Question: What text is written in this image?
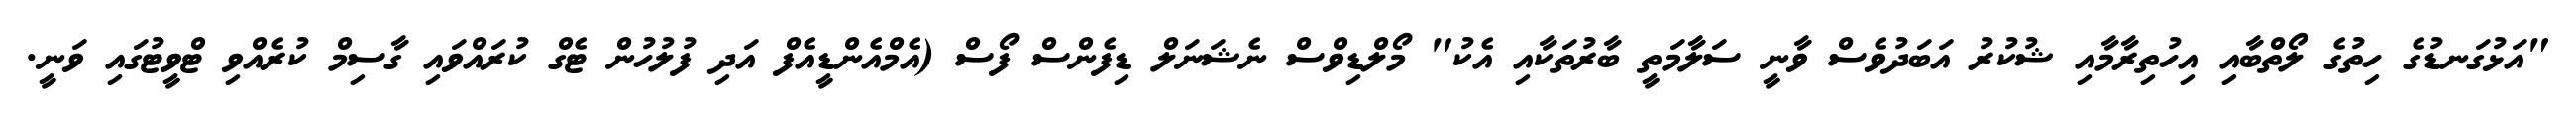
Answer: "އަޅުގަނޑުގެ ހިތުގެ ލޯތްބާއި އިހުތިރާމާއި ޝުކުރު އަބަދުވެސް ވާނީ ސަލާމަތީ ބާރުތަކާއި އެކު" މޯލްޑިވްސް ނެޝަނަލް ޑިފެންސް ފޯސް (އެމްއެންޑީއެފް އަދި ފުލުހުން ޓެގް ކުރައްވައި ގާސިމް ކުރެއްވި ޓްވީޓުގައި ވަނީ.